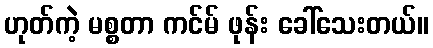
ဟုတ်ကဲ့ မစ္စတာ ကင်မ် ဖုန်း ခေါ်သေးတယ်။